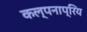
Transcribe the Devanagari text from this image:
कल्पनाप्रिय